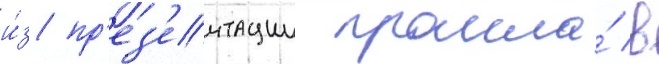
и́з пр'ез'ентации прошла́ в